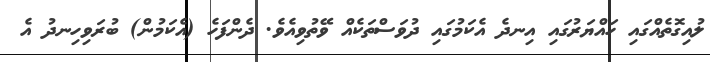
ލުއިގޮތެއްގައި ހައްޔަރުގައި އިނދެ އެކަމުގައި ދުވަސްތަކެއް ވޭތުވިއެވެ. ދެންފަހެ (އެކަމުން) ބުރަވިހިނދު އެ